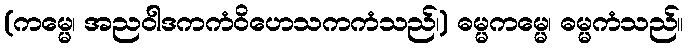
(ကမ္မေ၊ အညဝါဒကကံဝိဟေသကကံသည်၊) ဓမ္မကမ္မေ၊ ဓမ္မကံသည်။